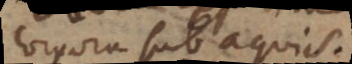
corpora sub aquis.